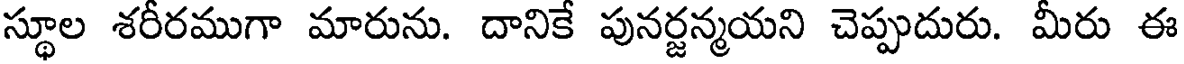
స్థూల శరీరముగా మారును. దానికే పునర్జన్మయని చెప్పుదురు. మీరు ఈ